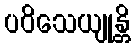
ပဝိသေယျုန္တိ